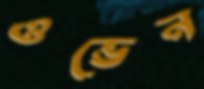
ওভেন